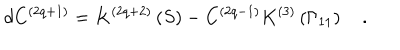
d C ^ { \left( 2 q + 1 \right) } = K ^ { \left( 2 q + 2 \right) } \left( S \right) - C ^ { \left( 2 q - 1 \right) } K ^ { \left( 3 \right) } \left( \Gamma _ { 1 1 } \right) \quad .